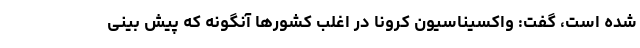
شده است، گفت: واکسیناسیون کرونا در اغلب کشورها آنگونه که پیش بینی